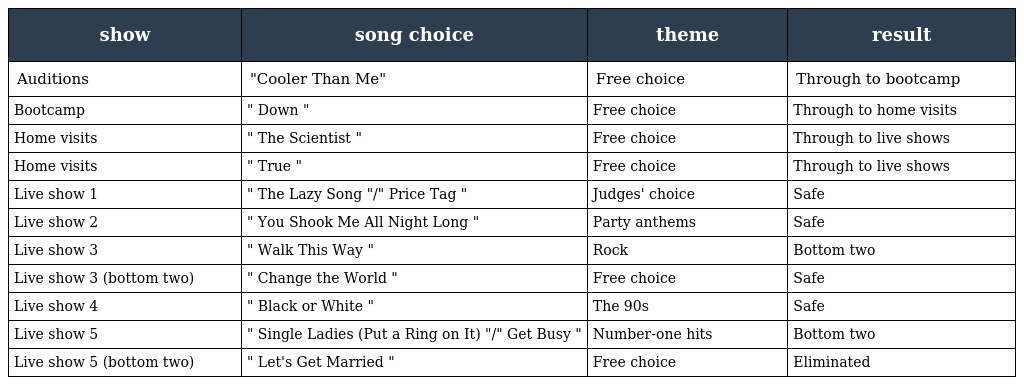
| show | song choice | theme | result |
 | --- | --- | --- | --- |
 | Auditions | "Cooler Than Me" | Free choice | Through to bootcamp |
 | Bootcamp | " Down " | Free choice | Through to home visits |
 | Home visits | " The Scientist " | Free choice | Through to live shows |
 | Home visits | " True " | Free choice | Through to live shows |
 | Live show 1 | " The Lazy Song "/" Price Tag " | Judges' choice | Safe |
 | Live show 2 | " You Shook Me All Night Long " | Party anthems | Safe |
 | Live show 3 | " Walk This Way " | Rock | Bottom two |
 | Live show 3 (bottom two) | " Change the World " | Free choice | Safe |
 | Live show 4 | " Black or White " | The 90s | Safe |
 | Live show 5 | " Single Ladies (Put a Ring on It) "/" Get Busy " | Number-one hits | Bottom two |
 | Live show 5 (bottom two) | " Let's Get Married " | Free choice | Eliminated |